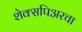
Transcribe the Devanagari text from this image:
शेक्सपिअरचा